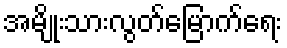
အမျိုးသားလွတ်မြောက်ရေး